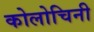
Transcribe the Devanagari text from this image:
कोलोचिनी